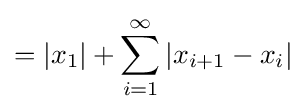
=\left|x_{1}\right|+\sum _{i=1}^{\infty }\left|x_{i+1}-x_{i}\right|